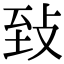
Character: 𦤺